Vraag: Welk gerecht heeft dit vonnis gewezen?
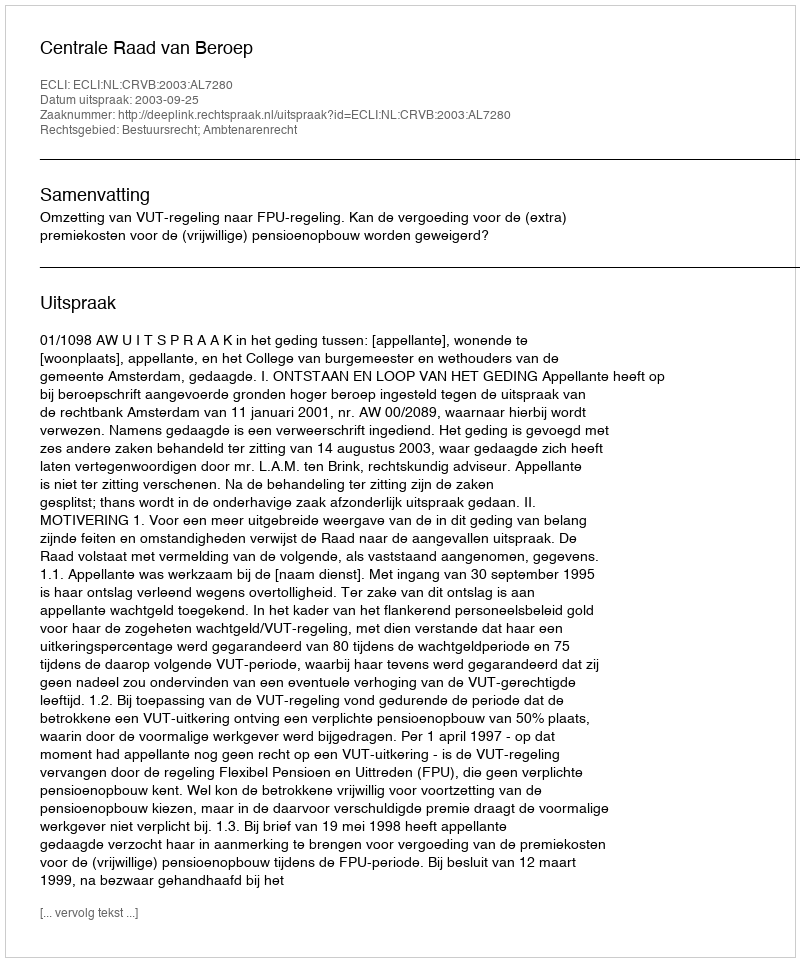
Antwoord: Centrale Raad van Beroep